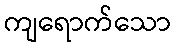
ကျရောက်သော